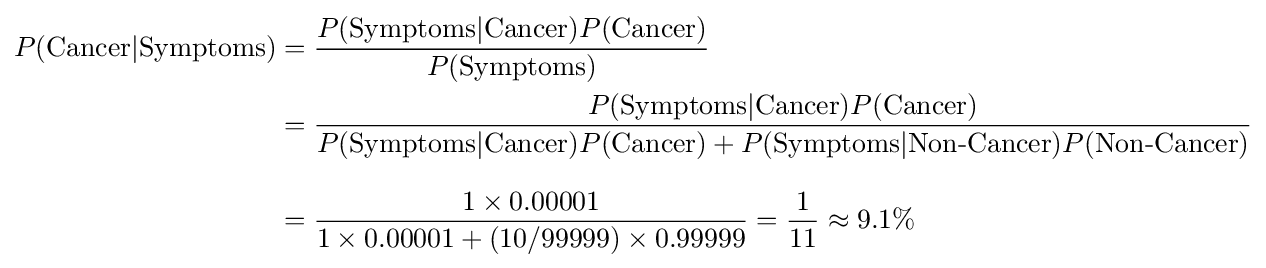
{\begin{aligned}P({\text{Cancer}}|{\text{Symptoms}})&={\frac {P({\text{Symptoms}}|{\text{Cancer}})P({\text{Cancer}})}{P({\text{Symptoms}})}}\\&={\frac {P({\text{Symptoms}}|{\text{Cancer}})P({\text{Cancer}})}{P({\text{Symptoms}}|{\text{Cancer}})P({\text{Cancer}})+P({\text{Symptoms}}|{\text{Non-Cancer}})P({\text{Non-Cancer}})}}\\[8pt]&={\frac {1\times 0.00001}{1\times 0.00001+(10/99999)\times 0.99999}}={\frac {1}{11}}\approx 9.1\%\end{aligned}}